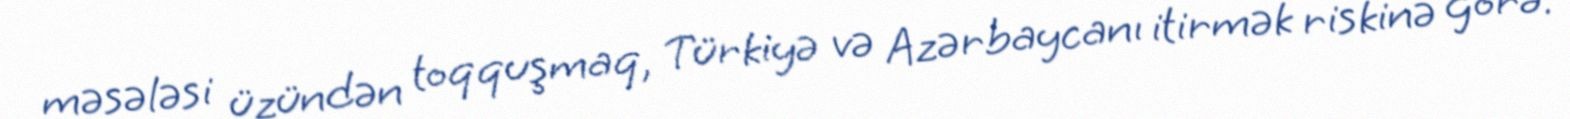
məsələsi üzündən toqquşmaq, Türkiyə və Azərbaycanı itirmək riskinə görə.